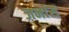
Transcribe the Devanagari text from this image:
जनांस